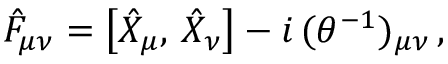
\hat { F } _ { \mu \nu } = \left[ \hat { X } _ { \mu } , \, \hat { X } _ { \nu } \right] - i \, ( \theta ^ { - 1 } ) _ { \mu \nu } \, ,